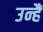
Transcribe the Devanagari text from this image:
उन्हैं